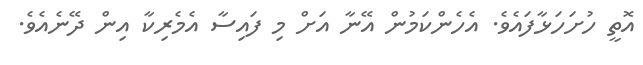
އޮތީ ހުށަހަޅާފައެވެ. އެހެންކަމުން އޭނާ އަށް މި ފައިސާ އެމެރިކާ އިން ދޭނެއެވެ.